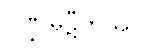
ပဏ္ဍုမုဋီကဿ